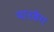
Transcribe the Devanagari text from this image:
यारबेग